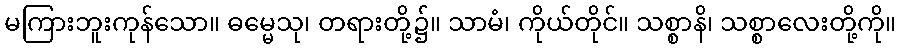
မကြားဘူးကုန်သော။ ဓမ္မေသု၊ တရားတို့၌။ သာမံ၊ ကိုယ်တိုင်။ သစ္စာနိ၊ သစ္စာလေးတို့ကို။